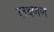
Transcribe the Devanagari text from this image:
लक्ष्णण